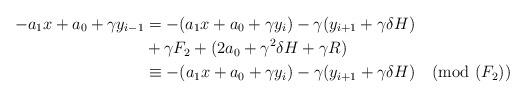
LaTeX: \begin{align*}- a_1 x + a_0 + \gamma y_{i-1}&= - (a_1 x + a_0 + \gamma y_i)- \gamma (y_{i+1} + \gamma \delta H) \\& + \gamma F_2+ (2 a_0 + \gamma^2 \delta H + \gamma R) \\&\equiv - (a_1 x + a_0 + \gamma y_i)- \gamma (y_{i+1} + \gamma \delta H)\pmod{(F_2)}\end{align*}